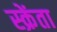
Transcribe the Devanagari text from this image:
स्क्रेंता